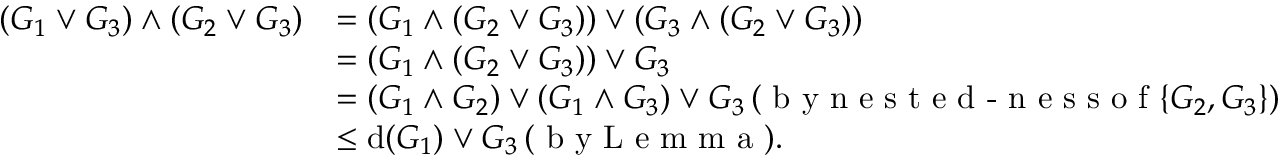
\begin{array} { r l } { ( G _ { 1 } \vee G _ { 3 } ) \wedge ( G _ { 2 } \vee G _ { 3 } ) } & { = ( G _ { 1 } \wedge ( G _ { 2 } \vee G _ { 3 } ) ) \vee ( G _ { 3 } \wedge ( G _ { 2 } \vee G _ { 3 } ) ) } \\ & { = ( G _ { 1 } \wedge ( G _ { 2 } \vee G _ { 3 } ) ) \vee G _ { 3 } } \\ & { = ( G _ { 1 } \wedge G _ { 2 } ) \vee ( G _ { 1 } \wedge G _ { 3 } ) \vee G _ { 3 } \, ( \textrm { b y n e s t e d - n e s s o f } \{ G _ { 2 } , G _ { 3 } \} ) } \\ & { \leq \mathrm { d } ( G _ { 1 } ) \vee G _ { 3 } \, ( \textrm { b y L e m m a } ) . } \end{array}